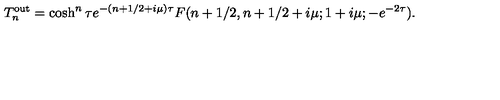
T _ { n } ^ { \mathrm { { o u t } } } = \cosh ^ { n } \tau e ^ { - ( n + 1 / 2 + i \mu ) \tau } F ( n + 1 / 2 , n + 1 / 2 + i \mu ; 1 + i \mu ; - e ^ { - 2 \tau } ) .